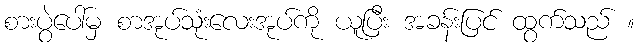
စားပွဲပေါ်မှ စာအုပ်သုံးလေးအုပ်ကို ယူပြီး အခန်းပြင် ထွက်သည် ။